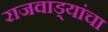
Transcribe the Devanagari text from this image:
राजवाड्यांचा